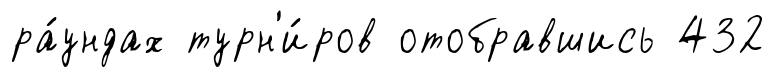
ра́ундах турн'и́ров отобравшись 432